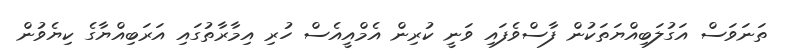
ތަނަވަސް އަގުލަބިއްޔަތަކުން ފާސްވެފައި ވަނީ ކުރިން އެމްއީއެސް ހުރި އިމާރާތުގައި އަރަބިއްޔާގެ ކިޔެވުން